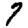
Digit: 7